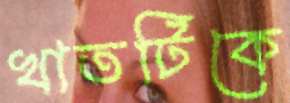
খাতটিকে